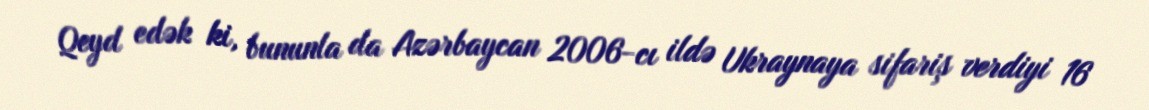
Qeyd edək ki, bununla da Azərbaycan 2006-cı ildə Ukraynaya sifariş verdiyi 16